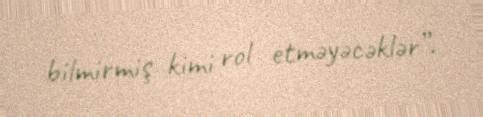
bilmirmiş kimi rol etməyəcəklər”.